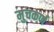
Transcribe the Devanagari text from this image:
मुचकर्ण